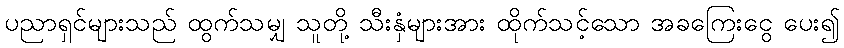
ပညာရှင်များသည် ထွက်သမျှ သူတို့ သီးနှံများအား ထိုက်သင့်သော အခကြေးငွေ ပေး၍